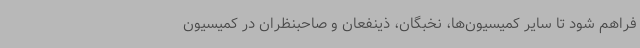
فراهم شود تا سایر کمیسیون‌ها، نخبگان، ذینفعان و صاحبنظران در کمیسیون‌